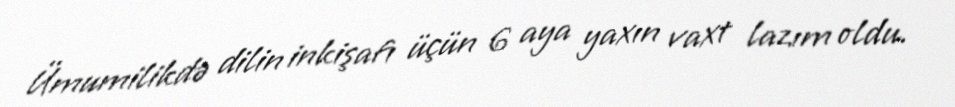
Ümumilikdə dilin inkişafı üçün 6 aya yaxın vaxt lazım oldu.